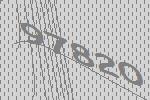
97820